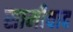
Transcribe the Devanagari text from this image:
सामीवाद